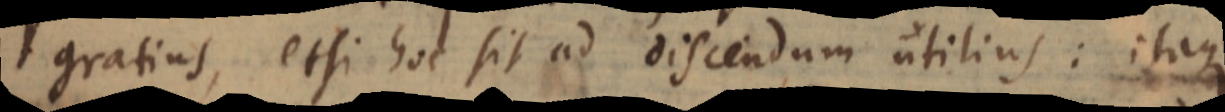
gratius, etsi hoc sit ad discendum utilius: itaque